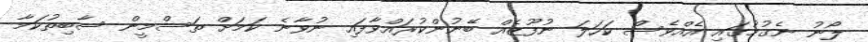
ލޯނު ނެގުމުގައި އެއްވެސް ކަހަލަ ނުފޫޒެއް ބޭނުންކުރައްވާފައި ނުވާނެ ކަމަށް ތަސްމީން ސާބިތުކަމާ